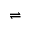
\rightleftharpoons